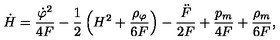
\dot { H } = \frac { { \dot { \varphi } } ^ { 2 } } { 4 F } - \frac { 1 } { 2 } \left( H ^ { 2 } + \frac { { \rho } _ { \varphi } } { 6 F } \right) - \frac { \ddot { F } } { 2 F } + \frac { p _ { m } } { 4 F } + \frac { \rho _ { m } } { 6 F } ,